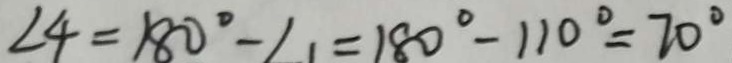
\angle 4 = 1 8 0 ^ { \circ } - \angle 1 = 1 8 0 ^ { \circ } - 1 1 0 ^ { \circ } = 7 0 ^ { \circ }